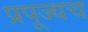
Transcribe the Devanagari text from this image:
प्रपूज्यच